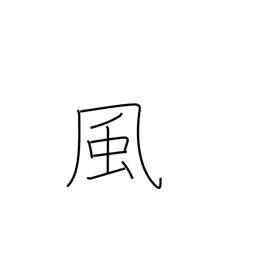
Meaning: style